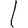
Digit: 1